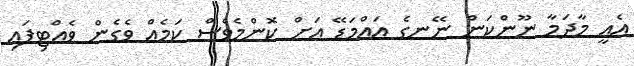
އެއީ މާދަމާ ނޫންކަން ނޭނގެ އައްމަޑޭ އަށް ކޮންމެވެސް ކަމެއް ވެގެން ވެއްޓިފައި